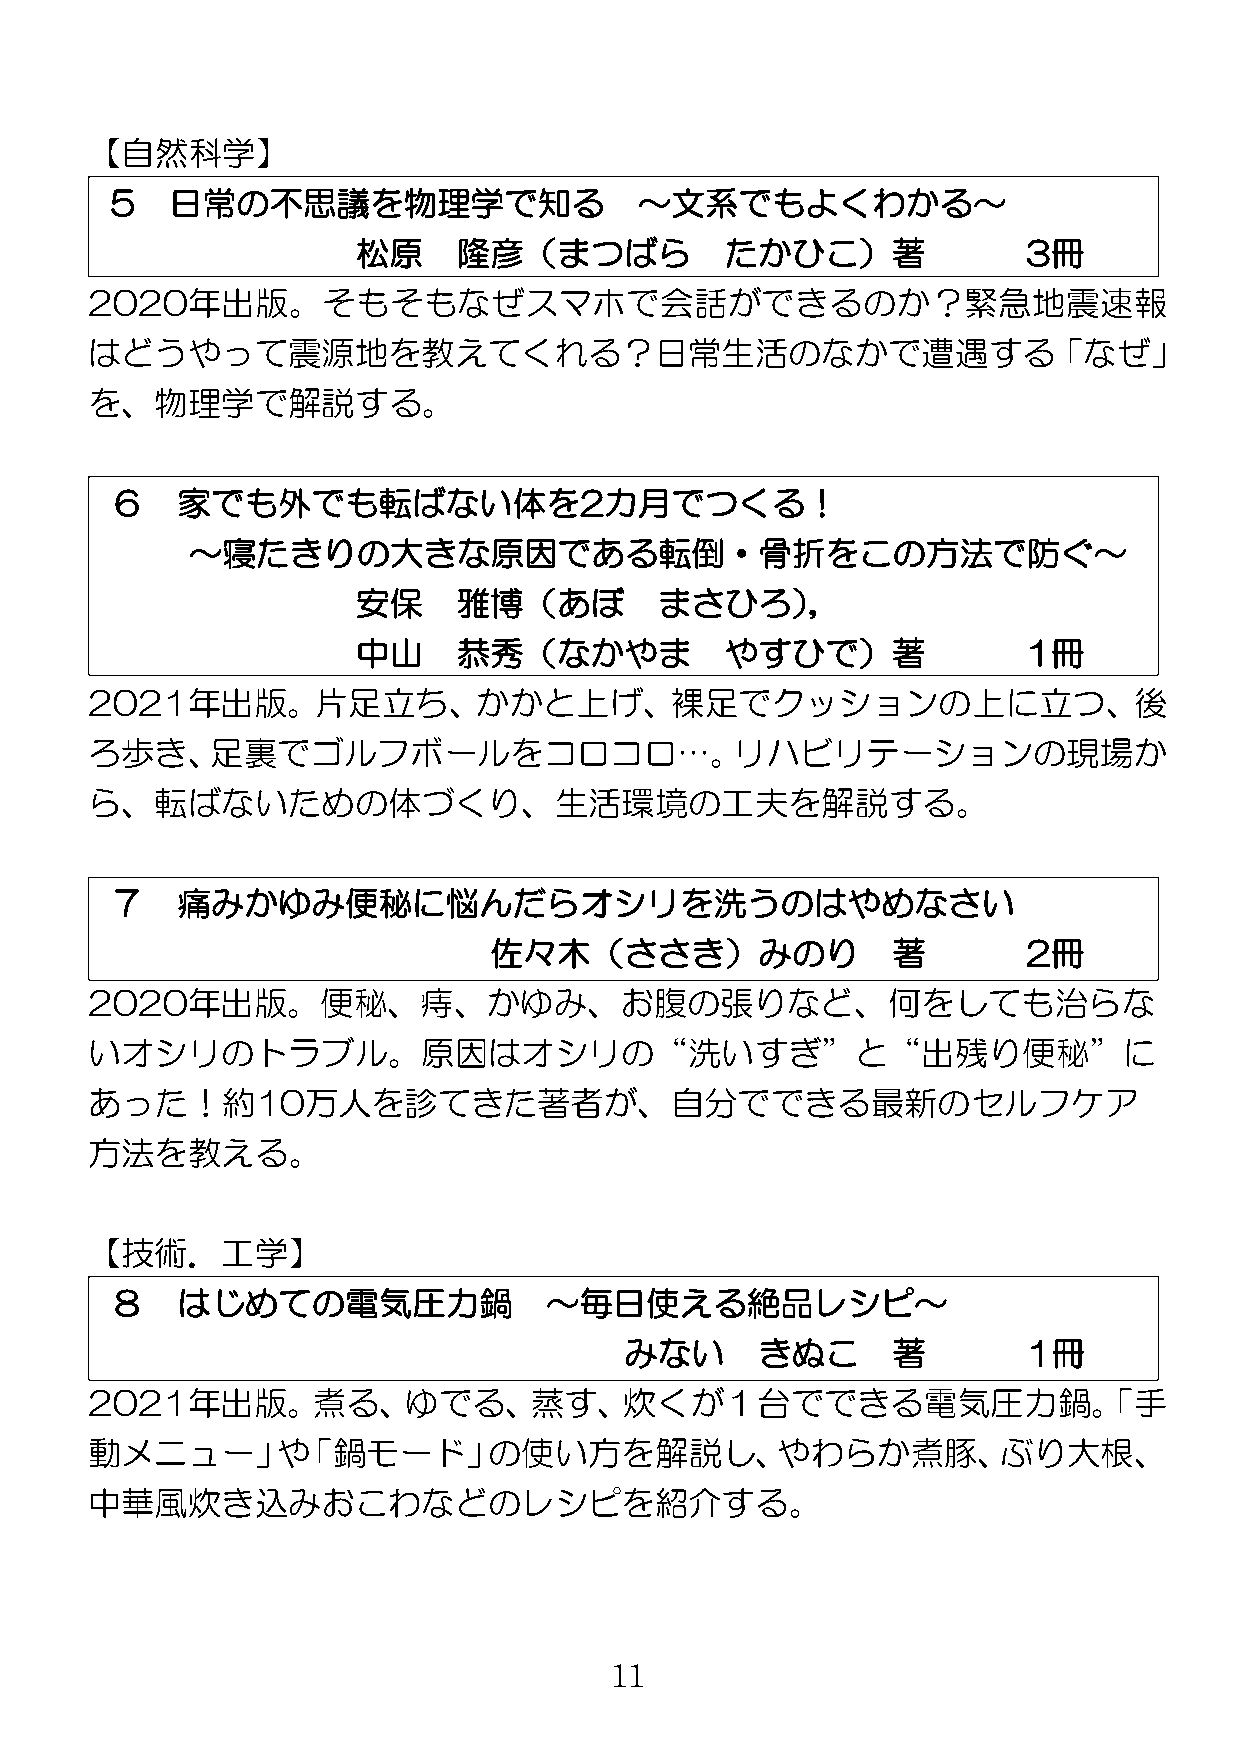
【自然科学】
 5   日常の不思議を物理学で知る                  ～文系でもよくわかる～
 松原    隆彦（まつばら           たかひこ）著              3冊
 2020年出版。そもそもなぜスマホで会話ができるのか？緊急地震速報
 はどうやって震源地を教えてくれる？日常生活のなかで遭遇する「なぜ」
 を、物理学で解説する。
 ６    家でも外でも転ばない体を2カ月でつくる！
 ～寝たきりの大きな原因である転倒・骨折をこの方法で防ぐ～
 安保    雅博（あぼ         まさひろ），
 中山    恭秀（なかやま           やすひで）著              1冊
 2021年出版。片足立ち、かかと上げ、裸足でクッションの上に立つ、後
 ろ歩き、足裏でゴルフボールをコロコロ…。リハビリテーションの現場か
 ら、転ばないための体づくり、生活環境の工夫を解説する。
 ７    痛みかゆみ便秘に悩んだらオシリを洗うのはやめなさい
 佐々木（ささき）みのり                著        2冊
 2020年出版。便秘、痔、かゆみ、お腹の張りなど、何をしても治らな
 いオシリのトラブル。原因はオシリの“洗いすぎ”と“出残り便秘”に
 あった！約10万人を診てきた著者が、自分でできる最新のセルフケア
 方法を教える。
 【技術．工学】
 ８    はじめての電気圧力鍋              ～毎日使える絶品レシピ～
 みない      きぬこ      著        1冊
 2021年出版。煮る、ゆでる、蒸す、炊くが１台でできる電気圧力鍋。「手
 動メニュー」や「鍋モード」の使い方を解説し、やわらか煮豚、ぶり大根、
 中華風炊き込みおこわなどのレシピを紹介する。
 11